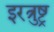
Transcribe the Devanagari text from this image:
इरत्रुष्ट्र